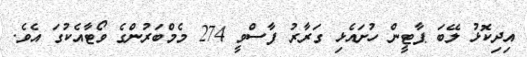
އިދިކޮޅު ލޭބަ ޕާޓީން ހުށައެޅި ގަރާރު ފާސްވީ 274 މެމްބަރުންގެ ވޯޓާއެކުގަ އެވެ.